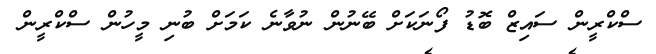
ސްކްރީން ސައިޒް ބޮޑު ފޯނަކަށް ބޭނުން ނުވާނެ ކަމަށް ބުނި މީހުން ސްކްރީން